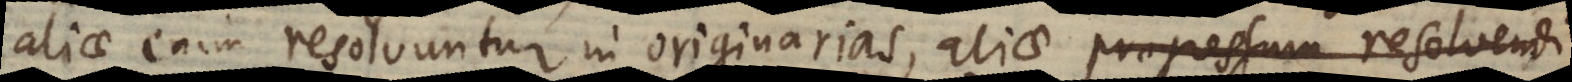
aliae enim resolvuntur in originarias, aliae progressum resolvendi